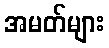
အမတ်များ